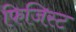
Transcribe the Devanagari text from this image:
फिजिस्ट